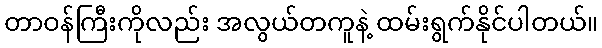
တာဝန်ကြီးကိုလည်း အလွယ်တကူနဲ့ ထမ်းရွက်နိုင်ပါတယ်။